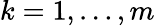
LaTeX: k=1,\ldots,m